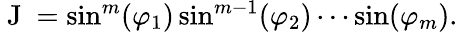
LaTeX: \begin{array}{r}{\mathrm{~J~}=\sin^{m}(\varphi_{1})\sin^{m-1}(\varphi_{2})\cdots\sin(\varphi_{m}).}\end{array}